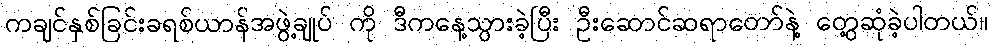
ကချင်နှစ်ခြင်းခရစ်ယာန်အဖွဲ့ချုပ် ကို ဒီကနေ့သွားခဲ့ပြီး ဦးဆောင်ဆရာတော်နဲ့ တွေ့ဆုံခဲ့ပါတယ်။